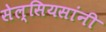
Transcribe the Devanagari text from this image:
सेल्सियसांनी